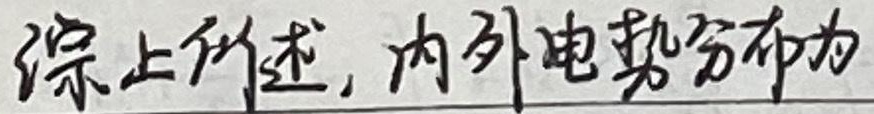
综上所述，内外电势分布为